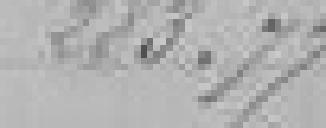
223,77